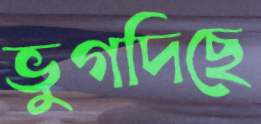
ভুগদিছে